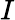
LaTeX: {\mathbf\cal I}